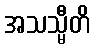
အသသ္မီတိ